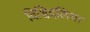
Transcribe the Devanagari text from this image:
विश्विदलिया